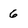
Character: 6